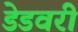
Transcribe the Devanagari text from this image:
डेडवरी